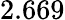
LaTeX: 2.669